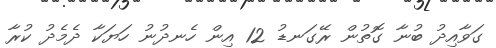
ގަވާއިދު ބުނާ ގޮތުން ރޭގަނޑު 12 އިން ހެނދުނު ހަޔަކާ ދެމެދު ކުރާ